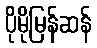
ပိုမိုမြန်ဆန်